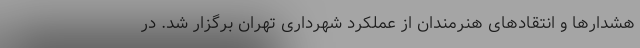
هشدارها و انتقادهای هنرمندان از عملکرد شهرداری تهران برگزار شد. در